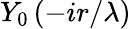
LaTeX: Y_{0}\left(-ir/\lambda\right)